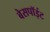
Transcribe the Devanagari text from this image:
बेसपॉइंट